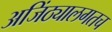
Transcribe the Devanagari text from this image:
अजिंठ्यालगतच